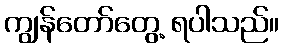
ကျွန်တော်တွေ့ ရပါသည်။